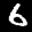
Label: 6